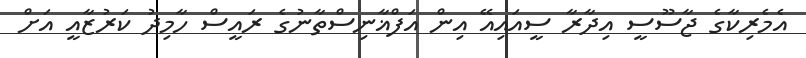
އެމެރިކާގެ ޖާސޫސީ އިދާރާ ސީއައިއޭ އިން އަފްޣާނިސްތާނުގެ ރައީސް ހާމިދު ކަރުޒާއީ އަށް